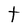
Character: t